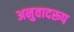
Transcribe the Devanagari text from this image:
अनुवादरूप